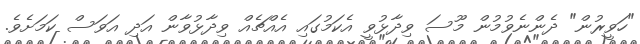
"ހަވީރުން" ދެންނެވުމުން މޫސަ ވިދާޅުވީ އެކަމުގައި އެއްޗެއް ވިދާޅުވާން އަދި އަވަސް ކަމަށެވެ.